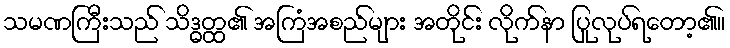
သမဏကြီးသည် သိဒ္ဓတ္ထ၏ အကြံအစည်များ အတိုင်း လိုက်နာ ပြုလုပ်ရတော့၏။